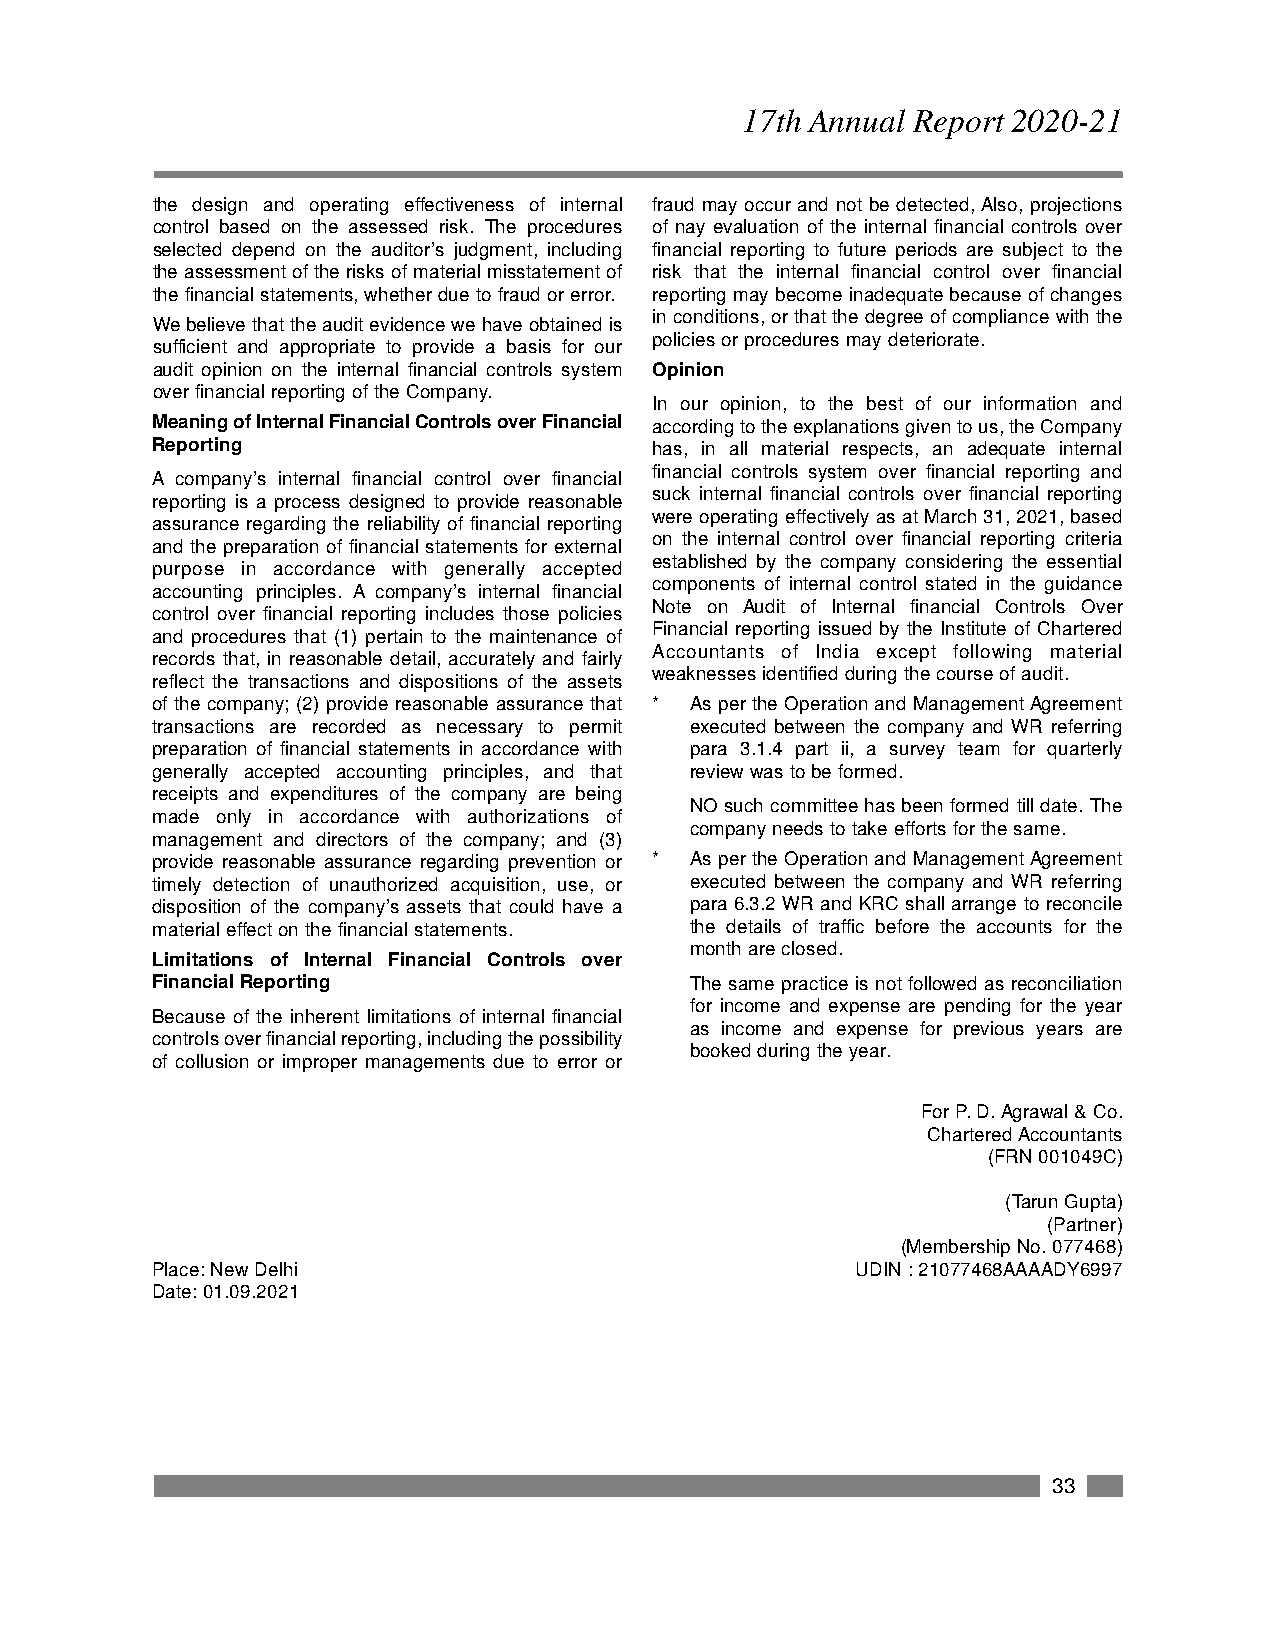
17th Annual Report 2020-21
 the design and operating effectiveness of internal fraud may occur and not be detected, Also, projections
 control based on the assessed risk. The procedures of nay evaluation of the internal financial controls over
 selected depend on the auditor’s judgment, including financial reporting to future periods are subject to the
 the assessment of the risks of material misstatement of risk that the internal financial control over financial
 the financial statements, whether due to fraud or error. reporting may become inadequate because of changes
 in conditions, or that the degree of compliance with the
 We believe that the audit evidence we have obtained is
 policies or procedures may deteriorate.
 sufficient and appropriate to provide a basis for our
 audit opinion on the internal financial controls system Opinion
 over financial reporting of the Company.
 In our opinion, to the best of our information and
 Meaning of Internal Financial Controls over Financial according to the explanations given to us, the Company
 Reporting                        has, in all material respects, an adequate internal
 financial controls system over financial reporting and
 A company’s internal financial control over financial
 suck internal financial controls over financial reporting
 reporting is a process designed to provide reasonable
 were operating effectively as at March 31, 2021, based
 assurance regarding the reliability of financial reporting
 on the internal control over financial reporting criteria
 and the preparation of financial statements for external
 established by the company considering the essential
 purpose in accordance with generally accepted
 components of internal control stated in the guidance
 accounting principles. A company’s internal financial
 Note on Audit of Internal financial Controls Over
 control over financial reporting includes those policies
 Financial reporting issued by the Institute of Chartered
 and procedures that (1) pertain to the maintenance of
 Accountants of India except following material
 records that, in reasonable detail, accurately and fairly
 weaknesses identified during the course of audit.
 reflect the transactions and dispositions of the assets
 of the company; (2) provide reasonable assurance that * As per the Operation and Management Agreement
 transactions are recorded as necessary to permit executed between the company and WR referring
 preparation of financial statements in accordance with para 3.1.4 part ii, a survey team for quarterly
 generally accepted accounting principles, and that review was to be formed.
 receipts and expenditures of the company are being
 NO such committee has been formed till date. The
 made only in accordance with authorizations of
 company needs to take efforts for the same.
 management and directors of the company; and (3)
 provide reasonable assurance regarding prevention or * As per the Operation and Management Agreement
 timely detection of unauthorized acquisition, use, or executed between the company and WR referring
 disposition of the company’s assets that could have a para 6.3.2 WR and KRC shall arrange to reconcile
 material effect on the financial statements. the details of traffic before the accounts for the
 month are closed.
 Limitations of Internal Financial Controls over
 Financial Reporting                 The same practice is not followed as reconciliation
 for income and expense are pending for the year
 Because of the inherent limitations of internal financial
 as income and expense for previous years are
 controls over financial reporting, including the possibility
 booked during the year.
 of collusion or improper managements due to error or
 For P. D. Agrawal & Co.
 Chartered Accountants
 (FRN 001049C)
 (Tarun Gupta)
 (Partner)
 (Membership No. 077468)
 Place: New Delhi                               UDIN : 21077468AAAADY6997
 Date: 01.09.2021
 33